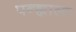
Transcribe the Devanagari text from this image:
पन्ह्याला